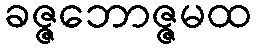
ခဇ္ဇဘောဇ္ဇမထ